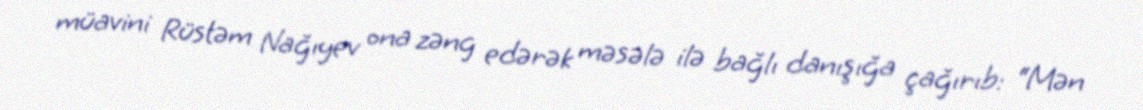
müavini Rüstəm Nağıyev ona zəng edərək məsələ ilə bağlı danışığa çağırıb: “Mən